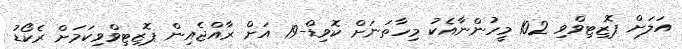
އަލަށް ޕޮޒިޓިވްވި 102 މީހުންނާއެކު މިހާތަނަށް ކޮވިޑް-19 އަށް ރާއްޖެއިން ޕޮޒިޓިވްވިކަމަށް ރެކޯޑު